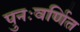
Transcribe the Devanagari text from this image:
पुनःवर्णित